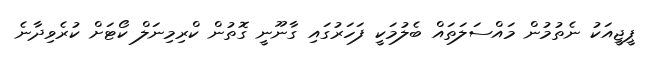
ޕީޖީއަކު ނެތުމުން މައްސަލަތައް ބެލުމަކީ ފަހަރުގައި ގާނޫނީ ގޮތުން ކްރިމިނަލް ކޯޓަށް ކުރެވިދާނެ